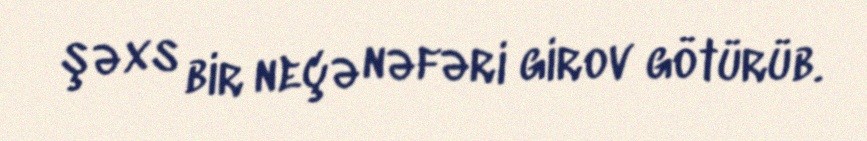
şəxs bir neçə nəfəri girov götürüb.